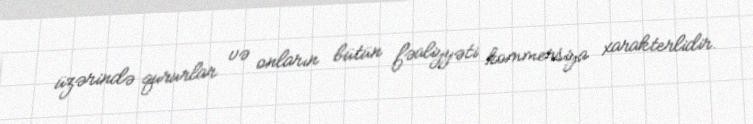
üzərində qururlar və onların bütün fəaliyyəti kommersiya xarakterlidir.